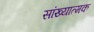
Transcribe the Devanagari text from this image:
सांख्यात्मक